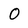
Character: O